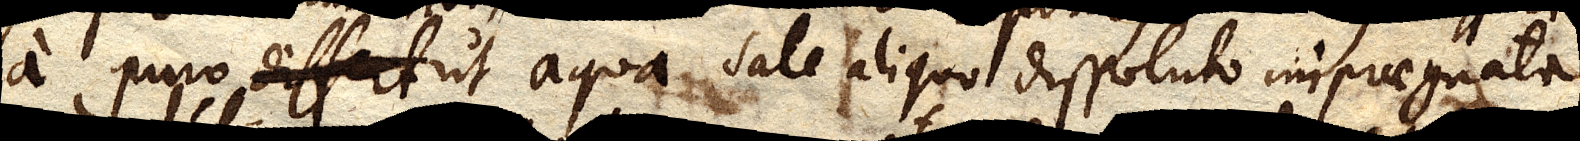
a puro ut aqua sale aliquo dissoluto impraegnata